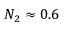
N _ { 2 } \approx 0 . 6